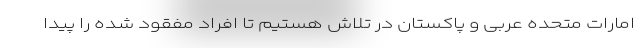
امارات متحده عربی و پاکستان در تلاش هستیم تا افراد مفقود شده را پیدا